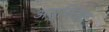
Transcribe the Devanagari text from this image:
अयूनिटस